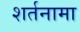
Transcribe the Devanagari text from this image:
शर्तनामा